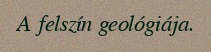
A felszín geológiája.